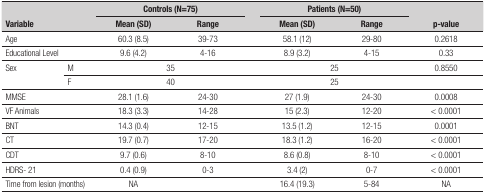
<table><thead><tr><td rowspan="2" colspan="2"><b>Variable</b></td><td colspan="2"><b>Controls (N=75)</b></td><td><b> </b></td><td colspan="2"><b>Patients (N=50)</b></td><td rowspan="2"><b>p-value</b></td></tr><tr><td><b>Mean (SD)</b></td><td><b>Range</b></td><td><b> </b></td><td><b>Mean (SD)</b></td><td><b>Range</b></td></tr></thead><tbody><tr><td colspan="2">Age</td><td>60.3 (8.5)</td><td>39-73</td><td> </td><td>58.1 (12)</td><td>29-80</td><td>0.2618</td></tr><tr><td colspan="2">Educational Level</td><td>9.6 (4.2)</td><td>4-16</td><td> </td><td>8.9 (3.2)</td><td>4-15</td><td>0.33</td></tr><tr><td rowspan="2">Sex</td><td>M</td><td colspan="2">35</td><td> </td><td colspan="2">25</td><td>0.8550</td></tr><tr><td>F</td><td colspan="2">40</td><td> </td><td colspan="2">25</td><td> </td></tr><tr><td colspan="2">MMSE</td><td>28.1 (1.6)</td><td>24-30</td><td> </td><td>27 (1.9)</td><td>24-30</td><td>0.0008</td></tr><tr><td colspan="2">VF Animals</td><td>18.3 (3.3)</td><td>14-28</td><td> </td><td>15 (2.3)</td><td>12-20</td><td>&lt; 0.0001</td></tr><tr><td colspan="2">BNT</td><td>14.3 (0.4)</td><td>12-15</td><td> </td><td>13.5 (1.2)</td><td>12-15</td><td>0.0001</td></tr><tr><td colspan="2">CT</td><td>19.7 (0.7)</td><td>17-20</td><td> </td><td>18.3 (1.2)</td><td>16-20</td><td>&lt; 0.0001</td></tr><tr><td colspan="2">CDT</td><td>9.7 (0.6)</td><td>8-10</td><td> </td><td>8.6 (0.8)</td><td>8-10</td><td>&lt; 0.0001</td></tr><tr><td colspan="2">HDRS- 21</td><td>0.4 (0.9)</td><td>0-3</td><td> </td><td>3.4 (2)</td><td>0-7</td><td>&lt; 0.0001</td></tr><tr><td colspan="2">Time from lesion (months)</td><td>NA</td><td> </td><td> </td><td>16.4 (19.3)</td><td>5-84</td><td>NA</td></tr></tbody></table>